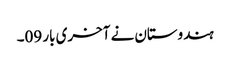
ہندوستان نے آخری بار 09۔